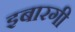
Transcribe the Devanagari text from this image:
इबारगी